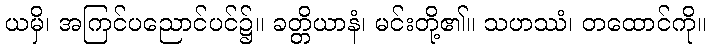
ယမှိ၊ အကြင်ပညောင်ပင်၌။ ခတ္တိယာနံ၊ မင်းတို့၏။ သဟဿံ၊ တထောင်ကို။